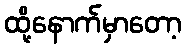
ထို့နောက်မှာတော့